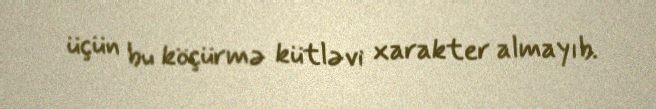
üçün bu köçürmə kütləvi xarakter almayıb.